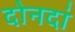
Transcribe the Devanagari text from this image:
दोनदां